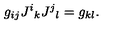
g _ { i j } J ^ { i } { } _ { k } J ^ { j } { } _ { l } = g _ { k l } .